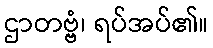
ဌာတဗ္ဗံ၊ ရပ်အပ်၏။